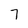
Character: 7